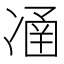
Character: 𠗴